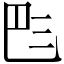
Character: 𠀧